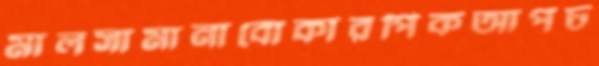
মালসামানাবোকারপিকআপচ